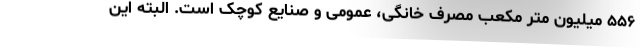
۵۵۶ میلیون متر مکعب مصرف خانگی، عمومی و صنایع کوچک است. البته این